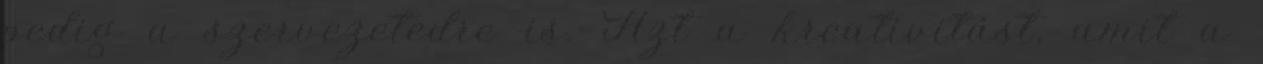
pedig a szervezetedre is. Azt a kreativitást, amit a